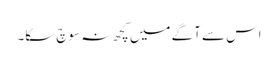
اس سے آگے میں کچھ نہ سوچ سکا۔